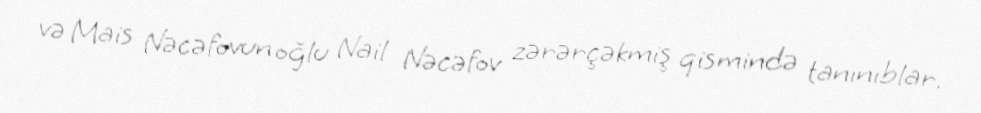
və Mais Nəcəfovun oğlu Nail Nəcəfov zərərçəkmiş qismində tanınıblar.